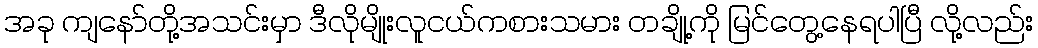
အခု ကျနော်တို့အသင်းမှာ ဒီလိုမျိုးလူငယ်ကစားသမား တချို့ကို မြင်တွေ့နေရပါပြီ လို့လည်း